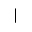
|